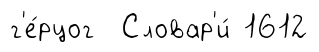
г'е́рцог Словар'и́ 1612